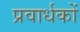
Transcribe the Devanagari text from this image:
प्रवार्धकों